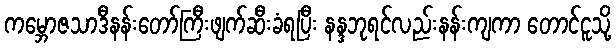
ကမ္ဘောဇသာဒီနန်းတော်ကြီးဖျက်ဆီးခံရပြီး နန္ဒဘုရင်လည်းနန်းကျကာ တောင်ငူသို့